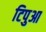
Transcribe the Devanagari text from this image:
टिपुआ